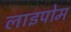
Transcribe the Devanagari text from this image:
लाइपोम